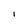
Character: l